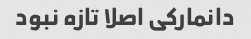
دانمارکی اصلا تازه نبود